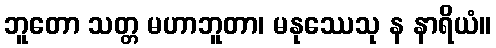
ဘူတော သတ္တ မဟာဘူတာ၊ မနုဿေသု န နာရိယံ။